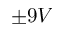
\pm 9 V